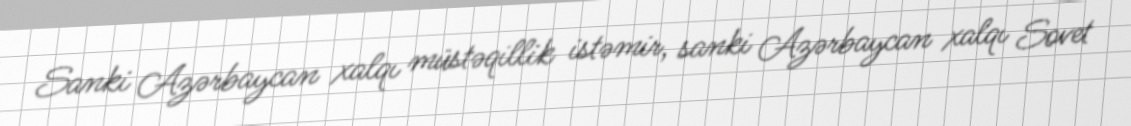
Sanki Azərbaycan xalqı müstəqillik istəmir, sanki Azərbaycan xalqı Sovet